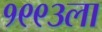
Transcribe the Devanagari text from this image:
१९९३ला